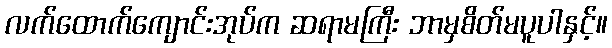
လက်ထောက်ကျောင်းအုပ်က ဆရာမကြီး ဘာမှစိတ်မပူပါနှင့်။